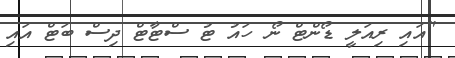
"އައި ރިއަލީ ޑޯންޓް ނޯ ހައު ޓު ސްޓާޓް ދިސް ބަޓް އައި